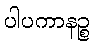
ပါပကာနဉ္စ